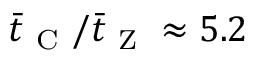
\bar { t } _ { \mathrm { ~ C ~ } } / \bar { t } _ { \mathrm { ~ Z ~ } } \approx 5 . 2